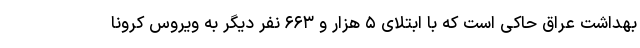
بهداشت عراق حاکی است که با ابتلای ۵ هزار و ۶۶۳ نفر دیگر به ویروس کرونا